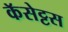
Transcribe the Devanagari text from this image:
कॅसेट्टस